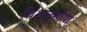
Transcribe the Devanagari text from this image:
विशुनुगोपा